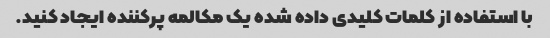
با استفاده از کلمات کلیدی داده شده یک مکالمه پرکننده ایجاد کنید.